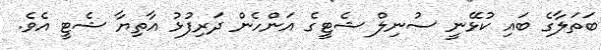
ބަތަލާގެ ބައި ކުޅޭނީ ސުނިލް ޝެޓީގެ އަންހެން ދަރިފުޅު އާތިޔާ ޝެޓީ އެވެ.